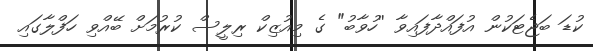
ކުޑަ ބަޖެޓަކުން އުފައްދާފައިވާ ''ހުވާބު" ގެ މިއުޒިކް ރިލީސް ކުރުމަށް ބޭއްވި ހަފްލާގައި